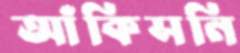
আঁকিসনি